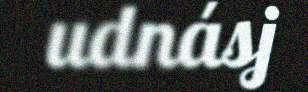
udnásj